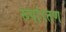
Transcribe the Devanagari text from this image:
रूपांरतण